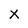
Character: x